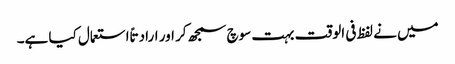
میں نے لفظ فی الوقت بہت سوچ سمجھ کر اور ارادتاً استعمال کیا ہے۔